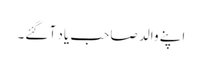
اپنے والد صاحب یاد آ گئے۔